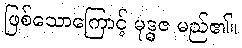
ဖြစ်သောကြောင့် မုဒ္ဓဇ မည်၏။